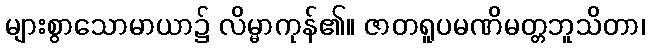
များစွာသောမာယာ၌ လိမ္မာကုန်၏။ ဇာတရူပမဏိမတ္တဘူသိတာ၊